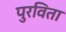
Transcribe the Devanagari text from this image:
पुरविता